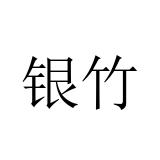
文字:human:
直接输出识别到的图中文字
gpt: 银竹